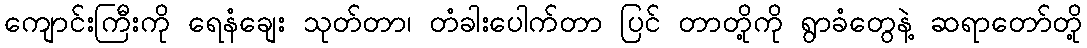
ကျောင်းကြီးကို ရေနံချေး သုတ်တာ၊ တံခါးပေါက်တာ ပြင် တာတို့ကို ရွာခံတွေနဲ့ ဆရာတော်တို့